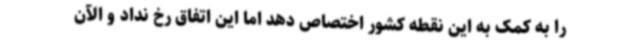
را به کمک به این نقطه کشور اختصاص دهد اما این اتفاق رخ نداد و الآن